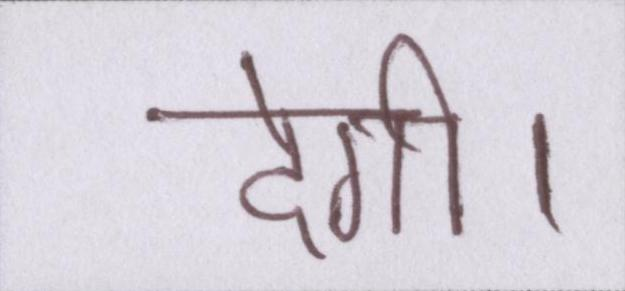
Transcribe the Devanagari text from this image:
देगी।